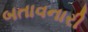
બતાવનારી